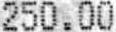
250.00